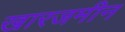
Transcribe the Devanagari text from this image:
खारजमीन